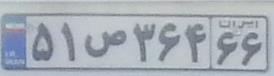
۵۱س۳۶۴۶۶